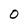
Character: 0